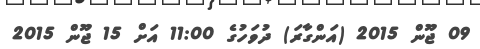
09 ޖޫން 2015 (އަންގާރަ) ދުވަހުގެ 11:00 އަށް 15 ޖޫން 2015